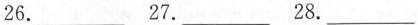
26.___ 27.___ 28.___